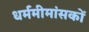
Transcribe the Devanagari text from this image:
धर्ममीमांसकों